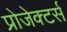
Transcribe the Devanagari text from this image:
प्रोजेक्टर्स